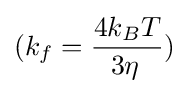
(k_{f}={\frac {4k_{B}T}{3\eta \,}})